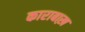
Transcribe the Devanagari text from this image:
काराबाख़